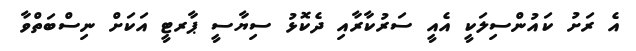
އެ ރަށު ކައުންސިލަކީ އެއީ ސަރުކާރާއި ދެކޮޅު ސިޔާސީ ޕާރޓީ އަކަށް ނިސްބަތްވާ